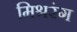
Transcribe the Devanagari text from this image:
मिश्ररंग